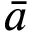
\bar { a }